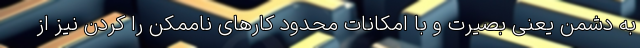
به دشمن یعنی بصیرت و با امکانات محدود کارهای ناممکن را کردن نیز از